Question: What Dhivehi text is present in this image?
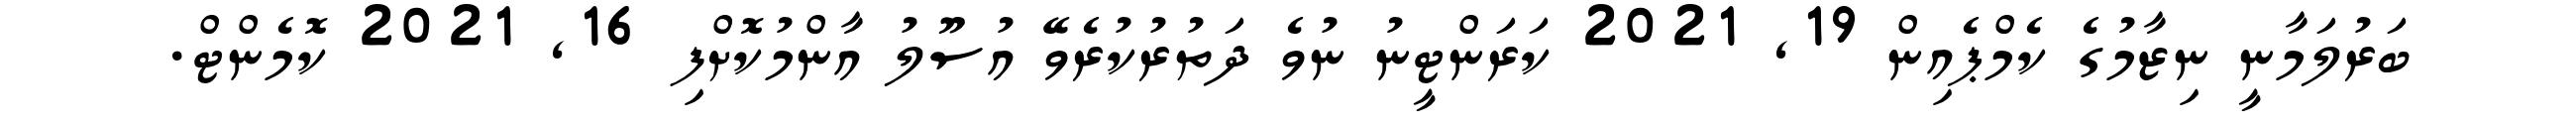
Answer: ބަރުލަމާނީ ނިޒާމުގެ ކެމްޕެއިން 19, 2021 ކަރަންޓީނު ނުވެ ދަތުރުކުރެވޭ އުސޫލު އާންމުކޮށްފި 16, 2021 ކޮމެންޓް.